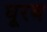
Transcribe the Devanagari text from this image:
घूरब